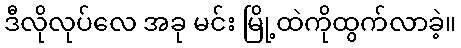
ဒီလိုလုပ်လေ အခု မင်း မြို့ထဲကိုထွက်လာခဲ့။